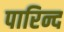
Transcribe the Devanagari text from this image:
पारिन्द